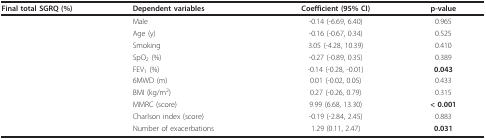
<table><thead><tr><td><b>Final total SGRQ (%)</b></td><td><b>Dependent variables</b></td><td><b>Coefficient (95% CI)</b></td><td><b>p-value</b></td></tr></thead><tbody><tr><td></td><td>Male</td><td>-0.14 (-6.69, 6.40)</td><td>0.965</td></tr><tr><td></td><td>Age (y)</td><td>-0.16 (-0.67, 0.34)</td><td>0.525</td></tr><tr><td></td><td>Smoking</td><td>3.05 (-4.28, 10.39)</td><td>0.410</td></tr><tr><td></td><td>SpO<sub>2 </sub>(%)</td><td>-0.27 (-0.89, 0.35)</td><td>0.389</td></tr><tr><td></td><td>FEV<sub>1 </sub>(%)</td><td>-0.14 (-0.28, -0.01)</td><td><b>0.043</b></td></tr><tr><td></td><td>6MWD (m)</td><td>0.01 (-0.02, 0.05)</td><td>0.433</td></tr><tr><td></td><td>BMI (kg/m<sup>2</sup>)</td><td>0.27 (-0.26, 0.79)</td><td>0.315</td></tr><tr><td></td><td>MMRC (score)</td><td>9.99 (6.68, 13.30)</td><td><b>&lt; 0.001</b></td></tr><tr><td></td><td>Charlson index (score)</td><td>-0.19 (-2.84, 2.45)</td><td>0.883</td></tr><tr><td></td><td>Number of exacerbations</td><td>1.29 (0.11, 2.47)</td><td><b>0.031</b></td></tr></tbody></table>